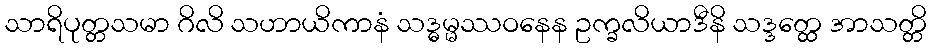
သာရိပုတ္တသမာ ဂိလိ သဟာယိကာနံ သဒ္ဓမ္မဿဝနေန ဥက္ခလိယာဒီနိ သဒ္ဒတ္ထေ အာသတ္တိ